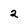
Character: 2